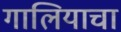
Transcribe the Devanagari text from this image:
गालियाचा